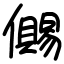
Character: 儩